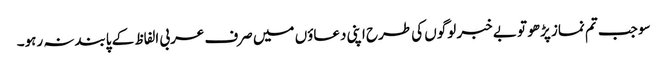
سو جب تم نماز پڑھو تو بے خبر لوگوں کی طرح اپنی دعاؤں میں صرف عربی الفاظ کے پابندنہ رہو۔